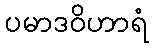
ပမာဒဝိဟာရံ